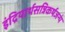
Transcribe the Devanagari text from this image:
इंद्रियार्थसन्निकर्षजन्यं